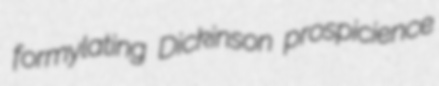
formylating Dickinson prospicience